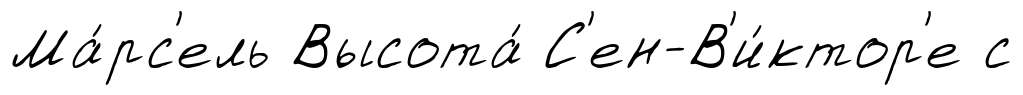
Ма́рс'ель Высота́ С'ен-В'и́ктор'е с